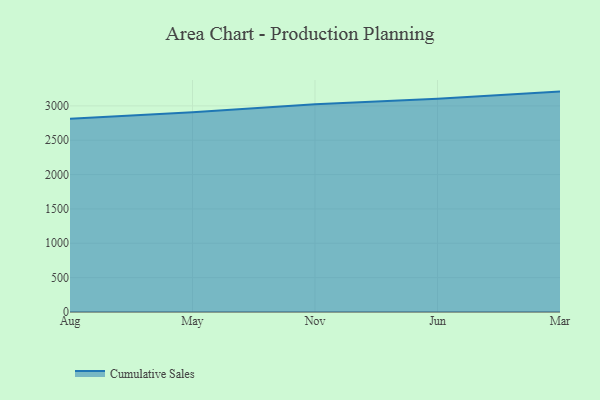
{"axis": {"x": "Month", "y": "Demand Index"}, "legend": ["Cumulative Sales"], "data": [{"x": "Aug", "y": 2811.8, "type": "Cumulative Sales"}, {"x": "May", "y": 2907.8, "type": "Cumulative Sales"}, {"x": "Nov", "y": 3022.5, "type": "Cumulative Sales"}, {"x": "Jun", "y": 3102.8, "type": "Cumulative Sales"}, {"x": "Mar", "y": 3207.8, "type": "Cumulative Sales"}]}